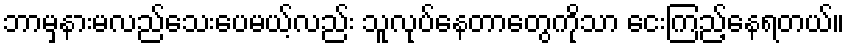
ဘာမှနားမလည်သေးပေမယ့်လည်း သူလုပ်နေတာတွေကိုသာ ငေးကြည့်နေရတယ်။